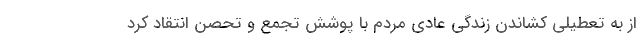
از به تعطیلی کشاندن زندگی عادی مردم با پوشش تجمع و تحصن انتقاد کرد